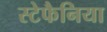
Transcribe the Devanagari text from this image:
स्टेफैनिया